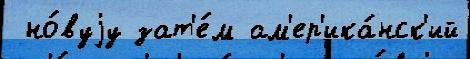
 но́вуjу зат'е́м ам'ер'ика́нск'ий